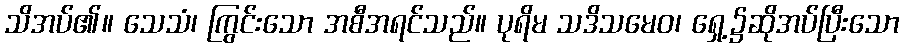
သိအပ်၏။ သေသံ၊ ကြွင်းသော အစီအရင်သည်။ ပုရိမ သဒိသမေဝ၊ ရှေ့၌ဆိုအပ်ပြီးသော